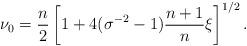
LaTeX: \begin{align*} \nu _0=\frac{n}{2}\left[ 1+4(\sigma ^{-2}-1) \frac{n+1}{n}\xi \right] ^{1/2 }.\end{align*}